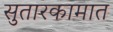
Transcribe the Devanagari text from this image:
सुतारकामात